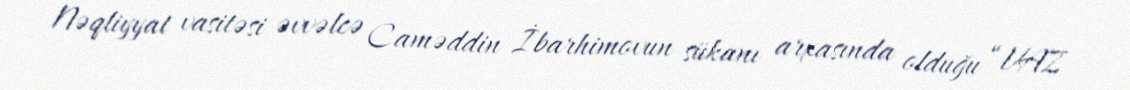
Nəqliyyat vasitəsi əvvəlcə Caməddin İbarhimovun sükanı arxasında olduğu “VAZ